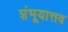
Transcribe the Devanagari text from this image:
शंभूयात्तव